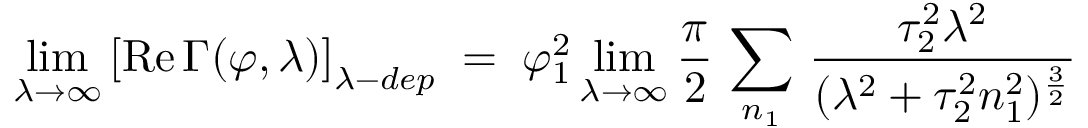
\operatorname * { l i m } _ { \lambda \to \infty } \left[ \mathrm { R e } \, \Gamma ( \varphi , \lambda ) \right] _ { \lambda - d e p } \; = \; \varphi _ { 1 } ^ { 2 } \operatorname * { l i m } _ { \lambda \to \infty } \frac { \pi } { 2 } \, \sum _ { n _ { 1 } } \, \frac { \tau _ { 2 } ^ { 2 } \lambda ^ { 2 } } { ( \lambda ^ { 2 } + \tau _ { 2 } ^ { 2 } n _ { 1 } ^ { 2 } ) ^ { \frac { 3 } { 2 } } } \,